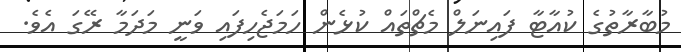
މުބާރާތުގެ ކުއާޓާ ފައިނަލް މެޗްތައް ކުޅެން ހަމަޖެހިފައި ވަނީ މަދަމާ ރޭގަ އެވެ.